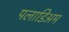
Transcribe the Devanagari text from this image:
पलाडिअम